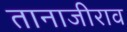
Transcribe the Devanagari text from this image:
तानाजीराव